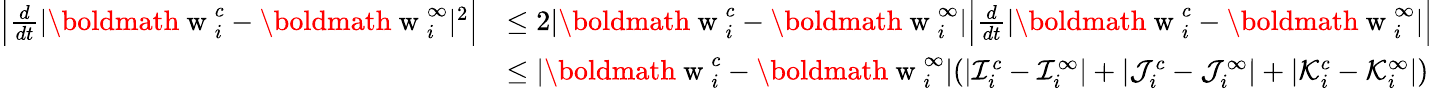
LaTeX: \begin{array}{rl}{\Big|\frac{d}{dt}|\mathrm{\boldmath~w~}_{i}^{c}-\mathrm{\boldmath~w~}_{i}^{\infty}|^{2}\Big|}&{\leq 2|\mathrm{\boldmath~w~}_{i}^{c}-\mathrm{\boldmath~w~}_{i}^{\infty}|\Big|\frac{d}{dt}|\mathrm{\boldmath~w~}_{i}^{c}-\mathrm{\boldmath~w~}_{i}^{\infty}|\Big|}\\ &{\leq|\mathrm{\boldmath~w~}_{i}^{c}-\mathrm{\boldmath~w~}_{i}^{\infty}|(|\mathcal{I}_{i}^{c}-\mathcal{I}_{i}^{\infty}|+|\mathcal{J}_{i}^{c}-\mathcal{J}_{i}^{\infty}|+|\mathcal{K}_{i}^{c}-\mathcal{K}_{i}^{\infty}|)}\end{array}